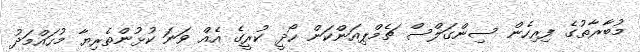
މުބާރާތުގެ ފިރިހެން ސިންގަލްސް ޗެމްޕިއަންކަން ހޯދީ ކުރީގެ އެއް ވަނަ ކުޅުންތެރިޔާ މުހައްމަދު